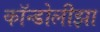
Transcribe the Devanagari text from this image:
कॉन्डोलीझा